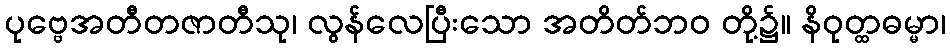
ပုဗ္ဗေအတီတဇာတီသု၊ လွန်လေပြီးသော အတိတ်ဘဝ တို့၌။ နိဝုတ္ထဓမ္မာ၊